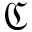
\mathfrak { C }